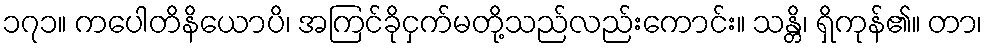
၁၇၁။ ကပေါတိနိယောပိ၊ အကြင်ခိုငှက်မတို့သည်လည်းကောင်း။ သန္တိ၊ ရှိကုန်၏။ တာ၊